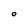
Character: O